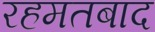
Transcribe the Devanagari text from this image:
रहमतबाद